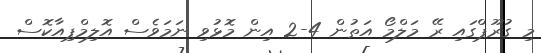
މި ގުރޫޕްގައި ރޭ މަލްމޯ އަތުން 4-2 އިން މޮޅުވި ނަމަވެސް އޮލިމްޕިއާކޮސް